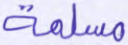
مسلمة